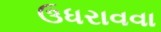
ઉધરાવવા